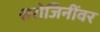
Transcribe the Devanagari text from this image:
सरोजिनींवर